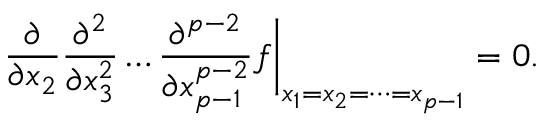
\frac { \partial } { \partial x _ { 2 } } \frac { \partial ^ { 2 } } { \partial x _ { 3 } ^ { 2 } } \dots \frac { \partial ^ { p - 2 } } { \partial x _ { p - 1 } ^ { p - 2 } } f \biggr | _ { x _ { 1 } = x _ { 2 } = \dots = x _ { p - 1 } } = 0 .